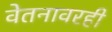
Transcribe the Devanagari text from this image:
वेतनावरही